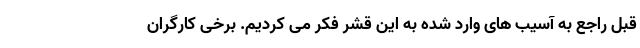
قبل راجع به آسیب های وارد شده به این قشر فکر می کردیم. برخی کارگران